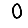
Digit: 0